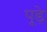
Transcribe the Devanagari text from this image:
पूड़े